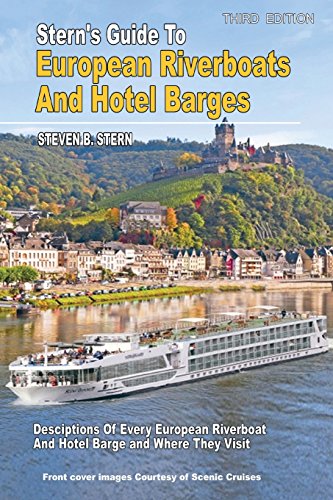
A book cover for Stern's Guide to European Riverboats and Hotel Barges (B&W); Steven B Stern; Travel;